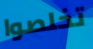
تخلصوا